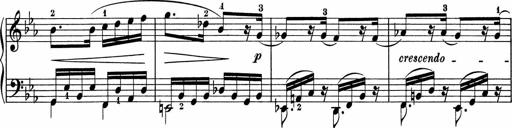
Title: 5 Sonatinen fÃ¼r die Jugend
Composer: Carl Reinecke